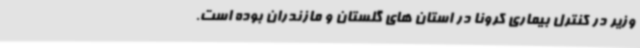
وزیر در کنترل بیماری کرونا در استان های گلستان و مازندران بوده‌ است.